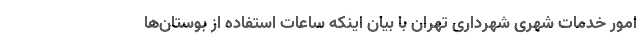
امور خدمات شهری شهرداری تهران با بیان اینکه ساعات استفاده از بوستان‌ها